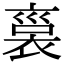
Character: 𧚱